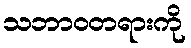
သဘာဝတရားကို